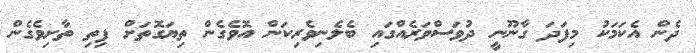
ދެން އެކަމަކު މިފަދަ ގާނޫނީ ދުވަސްވަރެއްގައި ބެލެނިވެރިކަން އޮވެގެން ތިޔަގޮތަށް ފިތި ތާށިވެގެން